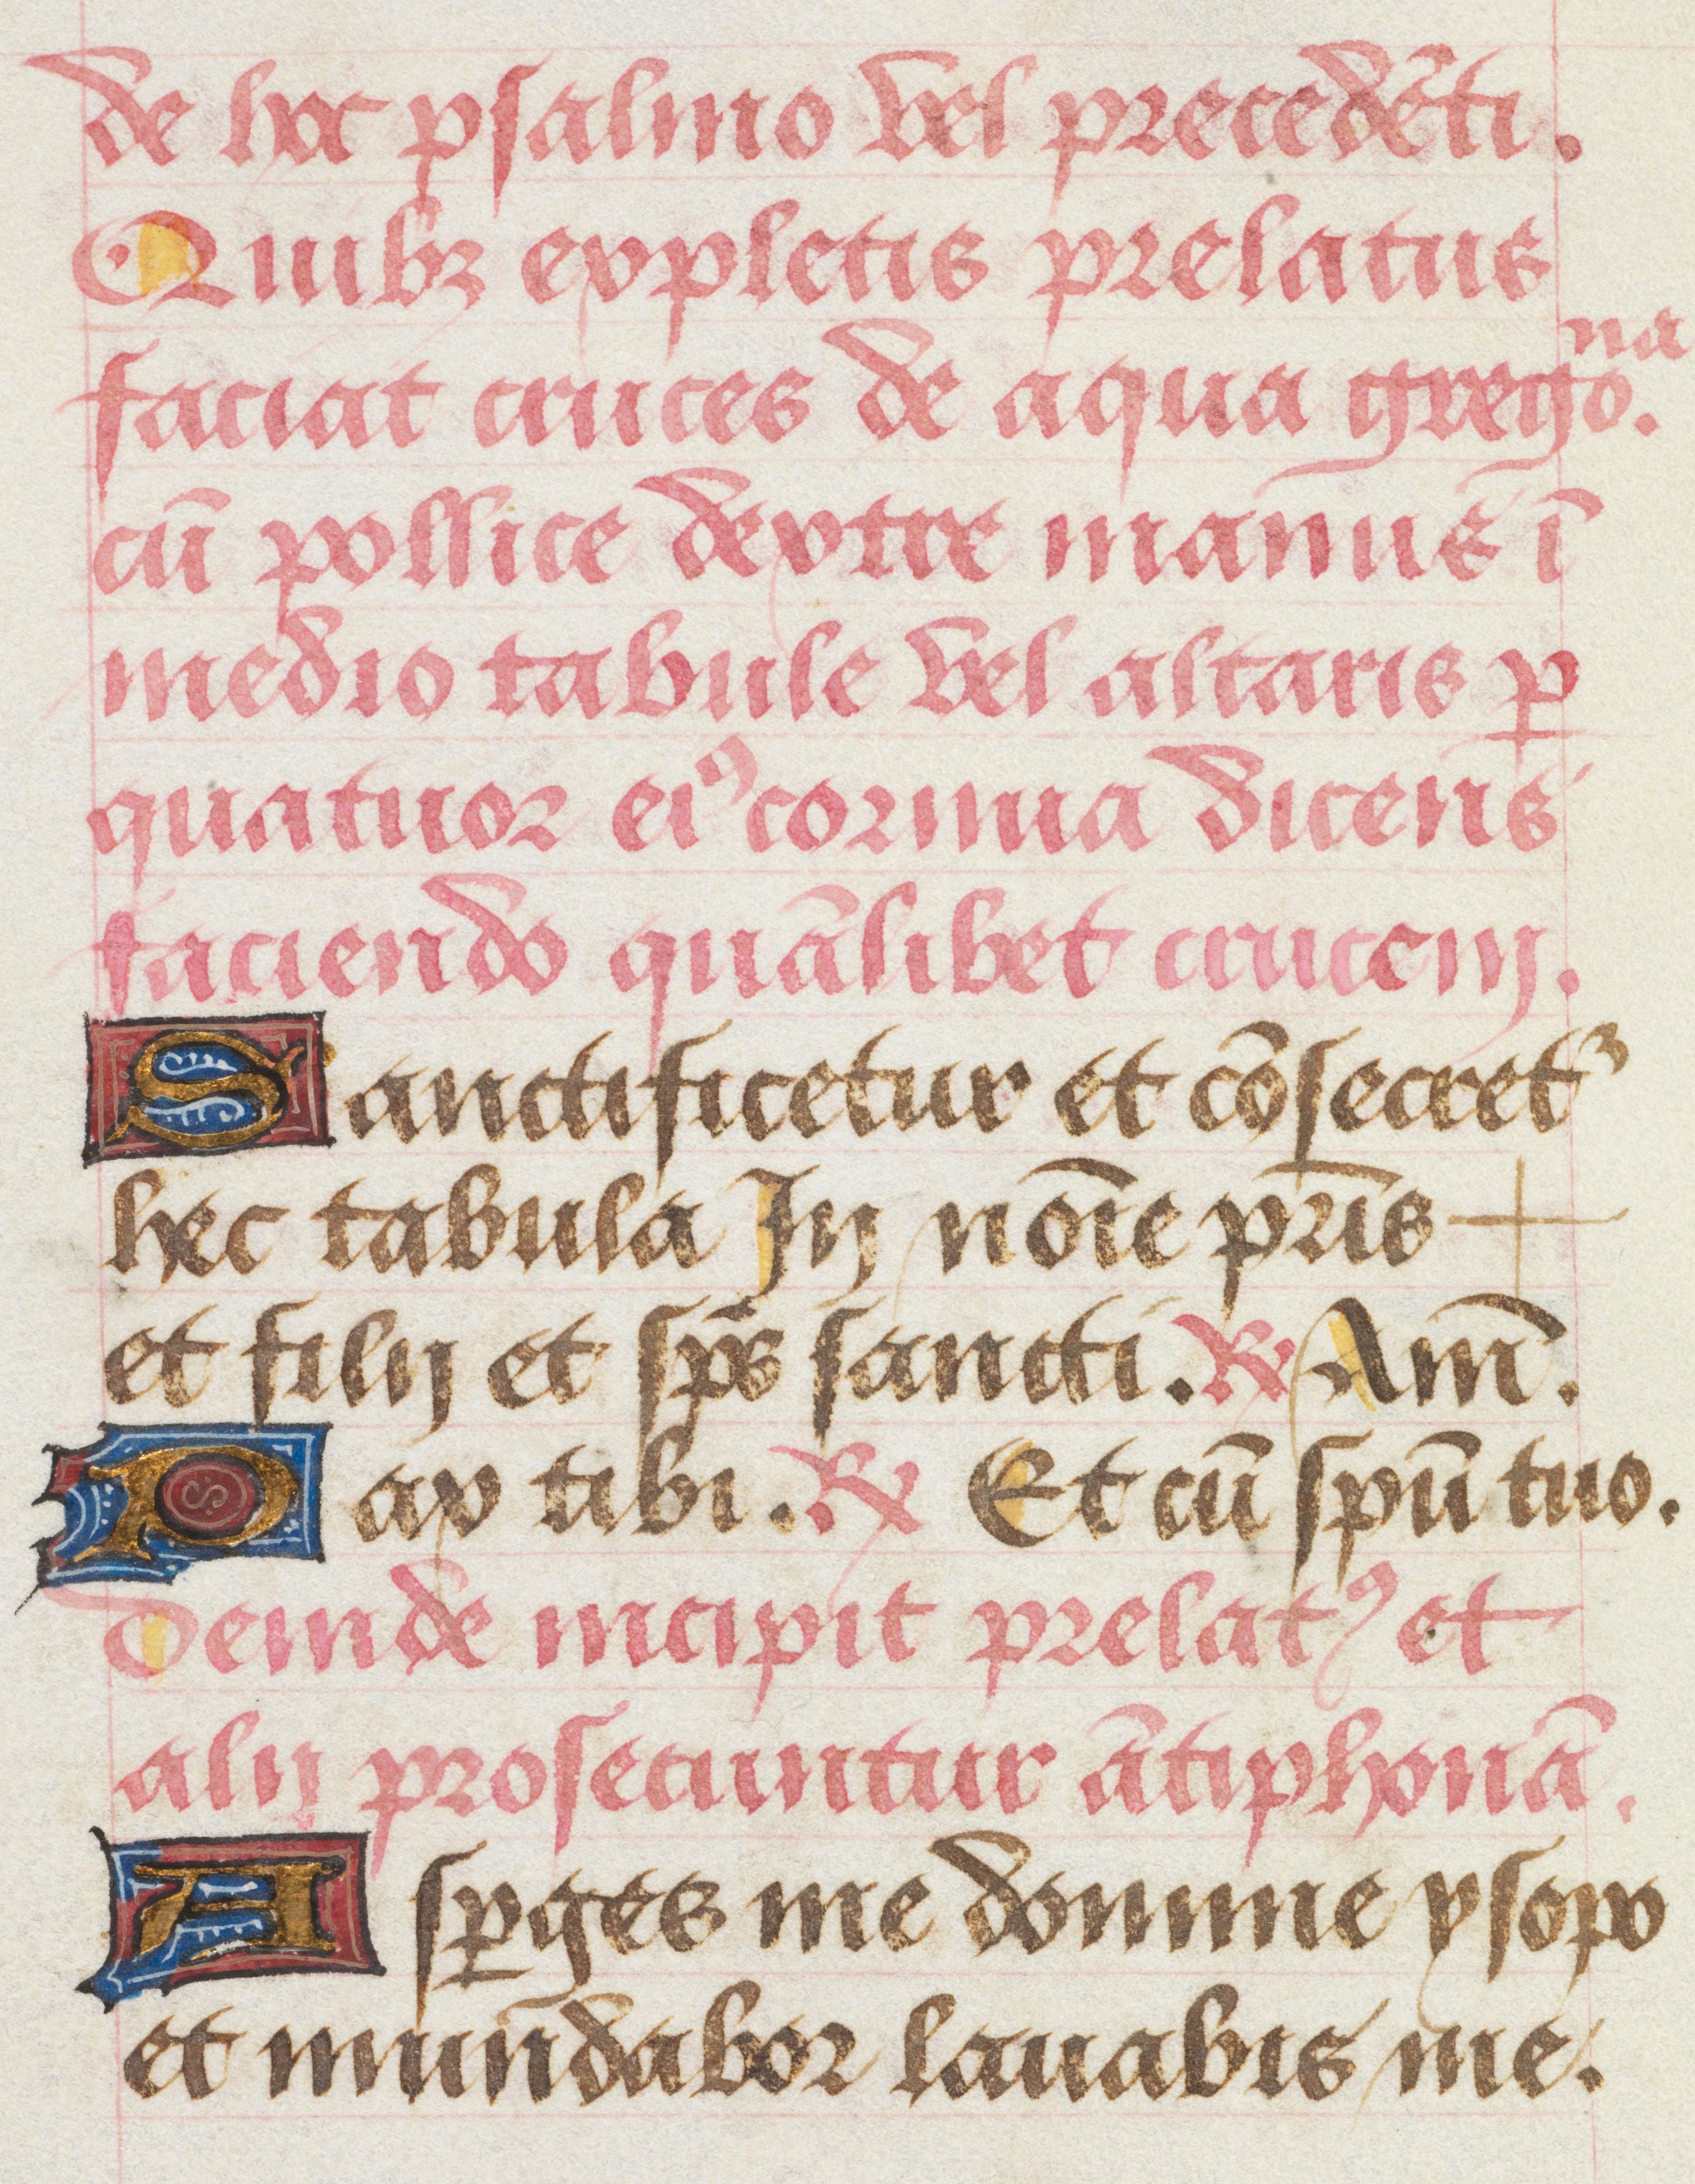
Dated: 1463–1498